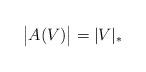
LaTeX: \begin{align*}\big|A(V)\big|=|V|_\ast\end{align*}